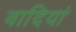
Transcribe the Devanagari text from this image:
वादियां